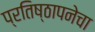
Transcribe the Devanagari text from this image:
प्रतिष्ठापनेचा